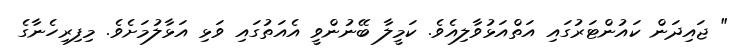
" ޖައިދަން ކައުންޓަރުގައި އަތްއަޅުވާލިއެވެ. ކަމީލާ ބޭނުންވީ އެއަތުގައި ވަޅި އަޅާލުމަށެވެ. މިފިރިހެނާގެ